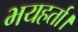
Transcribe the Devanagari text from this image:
भयहर्ता।